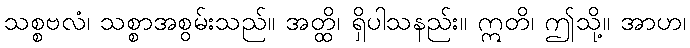
သစ္စဗလံ၊ သစ္စာအစွမ်းသည်။ အတ္ထိ၊ ရှိပါသနည်း။ ဣတိ၊ ဤသို့။ အာဟ၊